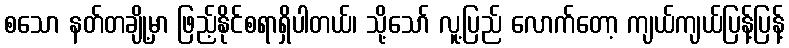
စသော နတ်တချို့မှာ ဖြည့်နိုင်စရာရှိပါတယ်၊ သို့သော် လူ့ပြည် လောက်တော့ ကျယ်ကျယ်ပြန့်ပြန့်